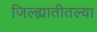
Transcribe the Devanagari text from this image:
जिल्ह्यातीतल्या